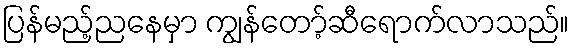
ပြန်မည့်ညနေမှာ ကျွန်တော့်ဆီရောက်လာသည်။